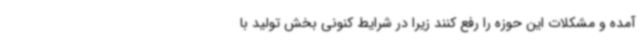
آمده و مشکلات این حوزه را رفع کنند زیرا در شرایط کنونی بخش تولید با